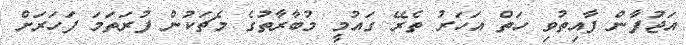
އަޖުފާން ފާއިތުވި ހަތް އަހަރު ތެރޭ ގައުމީ މުބާރާތުގެ މެޗަކުން ފުރަތަމަ ފަހަރަށް